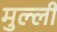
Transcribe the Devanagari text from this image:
मुल्ली